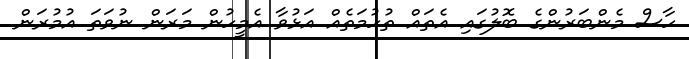
ހާސް މެންބަރުންގެ ބޮލުގައި އެތައް ތުހުމަތެއް އަޅުވާ އެމީހުން މަރަން ނުވަތަ އުމުރަން